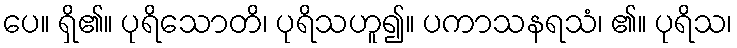
ပေ။ ရှိ၏။ ပုရိသောတိ၊ ပုရိသဟူ၍။ ပကာသနရသံ၊ ၏။ ပုရိသ၊